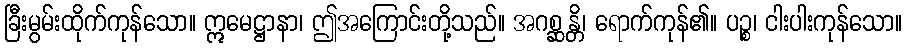
ခြီးမွမ်းထိုက်ကုန်သော။ ဣမေဋ္ဌာနာ၊ ဤအကြောင်းတို့သည်။ အဂစ္ဆန္တိ၊ ရောက်ကုန်၏။ ပဉ္စ၊ ငါးပါးကုန်သော။